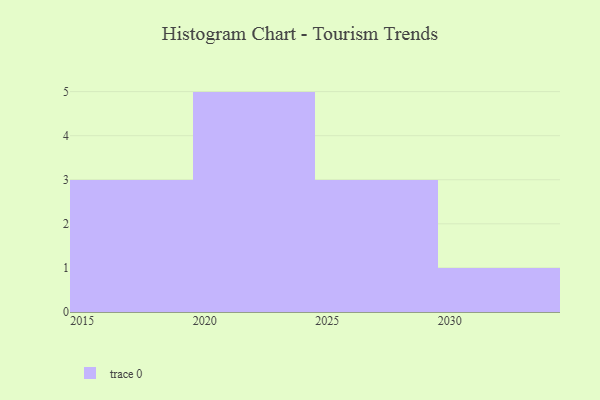
{"axis": {"x": "Year", "y": "Backlog"}, "legend": [""], "data": [{"x": "2019", "y": 53, "type": ""}, {"x": "2020", "y": 42, "type": ""}, {"x": "2016", "y": 88, "type": ""}, {"x": "2018", "y": 71, "type": ""}, {"x": "2021", "y": 12, "type": ""}, {"x": "2025", "y": 12, "type": ""}, {"x": "2027", "y": 23, "type": ""}, {"x": "2024", "y": 80, "type": ""}, {"x": "2030", "y": 93, "type": ""}, {"x": "2022", "y": 9, "type": ""}, {"x": "2028", "y": 24, "type": ""}, {"x": "2023", "y": 17, "type": ""}]}